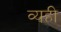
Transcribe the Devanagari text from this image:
व्यही